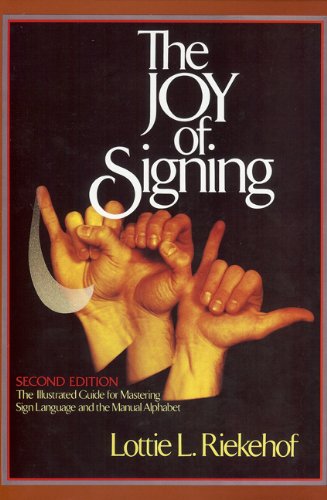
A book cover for The Joy of Signing (Second Edition); Lottie Riekehof; Reference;